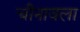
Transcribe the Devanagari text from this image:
चीनावला